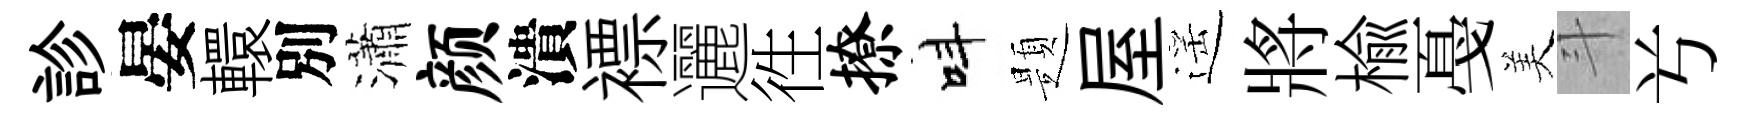
診晏轘別瀟颜潰褾邐徃撩呌題屋遥將楡戞美斗𠔃